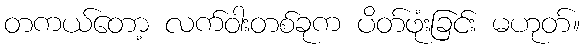
တကယ်တော့ လက်ဝါးတစ်ခုက ပိတ်ဖုံးခြင်း မဟုတ်။